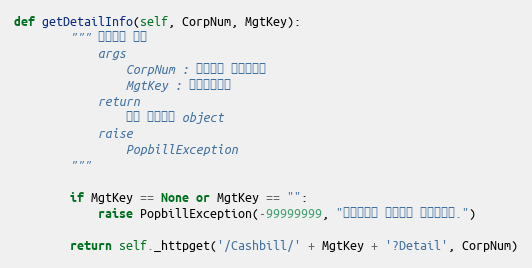
Language: Python
def getDetailInfo(self, CorpNum, MgtKey):
        """ 상세정보 조회
            args
                CorpNum : 팝빌회원 사업자번호
                MgtKey : 문서관리번호
            return
                문서 상세정보 object
            raise
                PopbillException
        """

        if MgtKey == None or MgtKey == "":
            raise PopbillException(-99999999, "관리번호가 입력되지 않았습니다.")

        return self._httpget('/Cashbill/' + MgtKey + '?Detail', CorpNum)